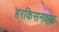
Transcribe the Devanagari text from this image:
हरकिसनदास